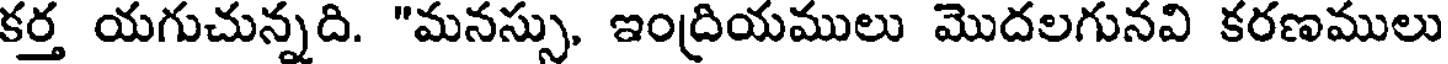
కర్త యగుచున్నది. "మనస్సు, ఇంద్రియములు మొదలగునవి కరణములు